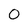
Character: 0